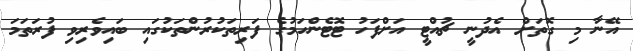
އޭނާ މި ގޮތަށް އެދުނީ ޗުއްޓީ އަށްފަހު ޓޮޓެންހަމުގެ ފަރިތަކުރުންތަކުގައި ބައިވެރިވި ފުރަތަމަ